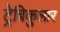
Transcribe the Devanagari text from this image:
ट्रेबिकुलार